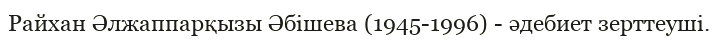
Райхан Әлжаппарқызы Әбішева (1945-1996) - әдебиет зерттеуші.